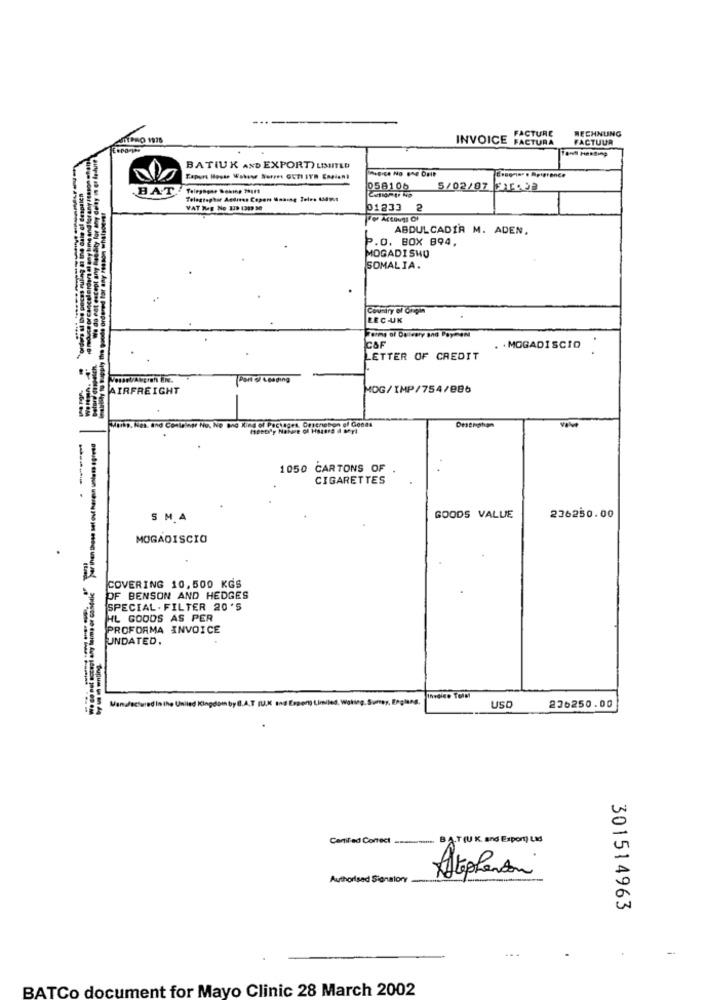
RECHNUNG
AITPRO 1975
INVOICE FACTURA
FACTURE
FACTUUR
BATIUK AND EXPORT) LIMITED
u be peces ruling in the cale of desplich
HAT
058106
5/02/07 916458
Telagtaphor Andreas Copor Maning Toles AWE
he ordered for any reason whatsoever
VAT Reg No 129 1319 30
01233
ABDULCADIR M. ADEN.
P.O. BOX 894,
MOGADISHU
SOMALIA.
Country of Origin
REC-UK
Terms of Delivery and Payment
CAF
. . MOGADISCIO
..
LETTER OF CREDIT
(Part of Leading
AIRFREIGHT
MOG/IMP/754/886
Markp. Hes. and Container Nu. No and Kind of Pectages, Orscneton of Goods
1050 CARTONS OF
CIGARETTES
S M.A
GOODS VALUE
236250.00
MOGADISCIO
COVERING 10,500 KGS
PF BENSON AND HEDGES
SPECIAL . FILTER 20'S
HL GOODS AS PER
PROFORMA INVOICE
UNDATED.
Mandectured in the United Kingdom by B.A.T fu.X and Export Limited. Woking, Surrey, England
USD
236250.00
Certified Correct ..........
AT( K and Export) Lxd
Authorised Sionalory
Stephenson
301514963
--
BATCo document for Mayo Clinic 28 March 2002